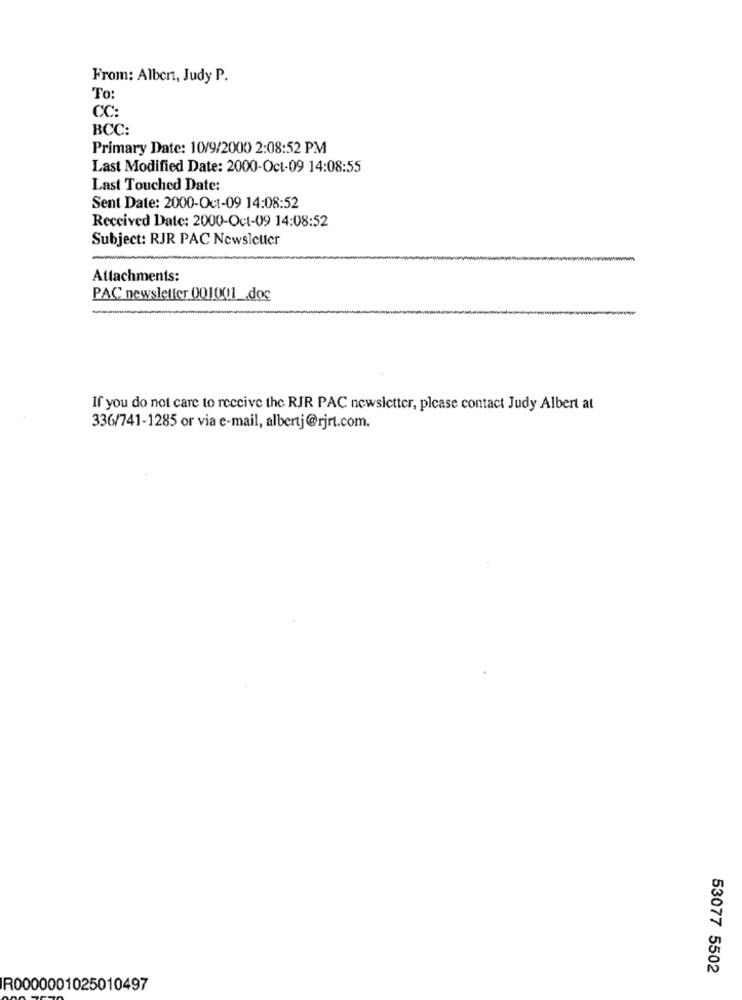
From: Albert, Judy P.
To:
CC:
BCC:
Primary Date: 10/9/2000 2:08:52 PM
Last Modified Date: 2000-Oct-09 14:08:55
Last Touched Date:
Sent Date: 2000-Oct-09 14:08:52
Received Date: 2000-Oct-09 14:08:52
Subject: RJR PAC Newsletter
Attachments:
PAC newsletter 001001_doc
If you do not care to receive the RJR PAC newsletter, please contact Judy Albert at
336/741-1285 or via e-mail, albertj@rjrt.com.
53077 5502
R0000001025010497